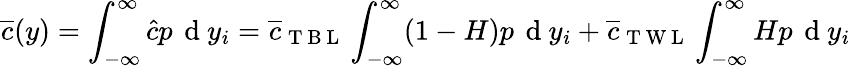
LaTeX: \overline{{c}}(y)=\int_{-\infty}^{\infty}\hat{c}p\, \mathrm{~d~}y_{i}=\overline{{c}}_{\mathrm{~T~B~L~}}\int_{-\infty}^{\infty}(1-H)p\, \mathrm{~d~}y_{i}+\overline{{c}}_{\mathrm{~T~W~L~}}\int_{-\infty}^{\infty}Hp\, \mathrm{~d~}y_{i}